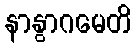
နာနွာဂမေတိ